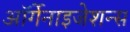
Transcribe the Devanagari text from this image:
ऑर्गेनाइजेशन्स